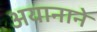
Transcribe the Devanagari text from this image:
अयानाने